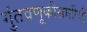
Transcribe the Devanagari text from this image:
गुंतवणूकीसाठीची